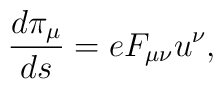
\frac{d\pi _\mu }{ds}=eF_{\mu \nu }u^\nu ,